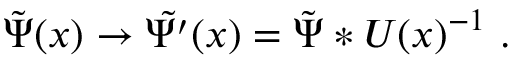
\tilde { \Psi } ( x ) \to \tilde { \Psi ^ { \prime } } ( x ) = \tilde { \Psi } * U ( x ) ^ { - 1 } \ .